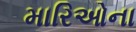
મારિઓના